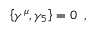
\left\lbrace \gamma ^ { \mu } , \gamma _ { 5 } \right\rbrace = 0 \; \; ,